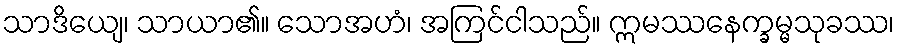
သာဒိယျေ၊ သာယာ၏။ သောအဟံ၊ အကြင်ငါသည်။ ဣမဿနေက္ခမ္မသုခဿ၊